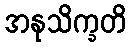
အနုသိက္ခတိ